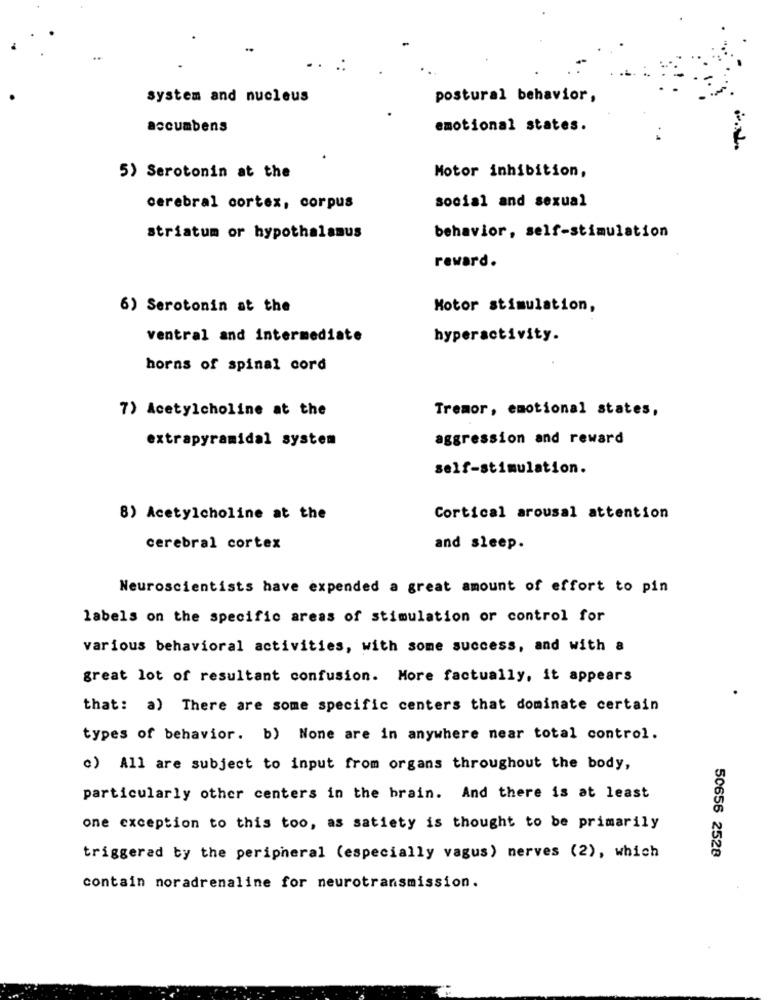
system and nucleus
postural behavior,
accumbens
emotional states.
Motor inhibition,
5) Serotonin at the
social and sexual
cerebral cortex, corpus
behavior, self-stimulation
striatum or hypothalamus
reward.
6) Serotonin at the
Motor stimulation,
ventral and intermediate
hyperactivity.
horns of spinal cord
Tremor, emotional states,
7) Acetylcholine at the
extrapyramidal system
aggression and reward
self-stimulation.
8) Acetylcholine at the
Cortical arousal attention
cerebral cortex
and sleep.
Neuroscientists have expended a great amount of effort to pin
labels on the specific areas of stimulation or control for
various behavioral activities, with some success, and with a
great lot of resultant confusion. More factually, it appears
that: a) There are some specific centers that dominate certain
types of behavior. b) None are in anywhere near total control.
c) All are subject to input from organs throughout the body,
particularly other centers in the brain. And there is at least
one exception to this too, as satiety is thought to be primarily
50656 2528
triggered by the peripheral (especially vagus) nerves (2), which
contain noradrenaline for neurotransmission.